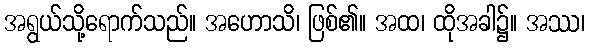
အရွယ်သို့ရောက်သည်။ အဟောသိ၊ ဖြစ်၏။ အထ၊ ထိုအခါ၌။ အဿ၊